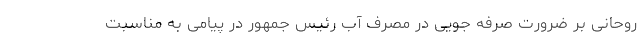
روحانی بر ضرورت صرفه جویی در مصرف آب رئیس جمهور در پیامی به مناسبت